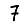
Digit: 7